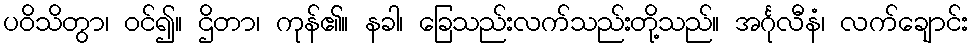
ပဝိသိတွာ၊ ဝင်၍။ ဌိတာ၊ ကုန်၏။ နခါ၊ ခြေသည်းလက်သည်းတို့သည်။ အင်္ဂုလီနံ၊ လက်ချောင်း